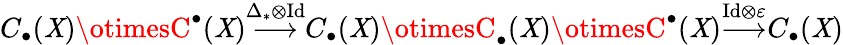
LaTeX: C_{\bullet}(\mathit{X})\otimesC^{\bullet}(\mathit{X}){\overset{\Delta_{*}\otimes\mathrm{{Id}}}{\longrightarrow}}C_{\bullet}(\mathit{X})\otimesC_{\bullet}(\mathit{X})\otimesC^{\bullet}(\mathit{X}){\overset{\mathrm{{Id}}\otimes\varepsilon}{\longrightarrow}}C_{\bullet}(\mathit{X})